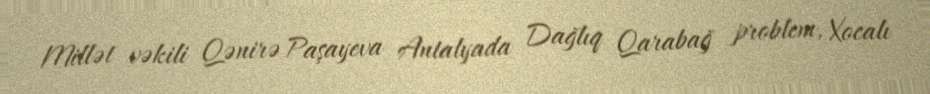
Millət vəkili Qənirə Paşayeva Antalyada Dağlıq Qarabağ problem, Xocalı